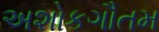
અશોકગૌતમ